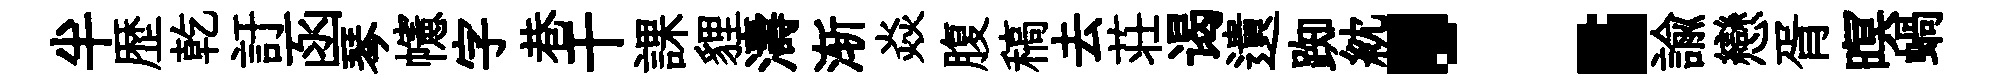
半歴乾訏函琴幰字巷干課貍濤渐焱腹稿去荘谒遺踟紞：諭戀胥暝蝸